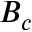
B _ { c }